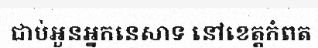
ជាប់អួនអ្នកនេសាទ នៅខេត្តកំពត